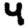
Digit: 4